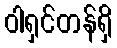
ဝါရှင်တန်ရှိ